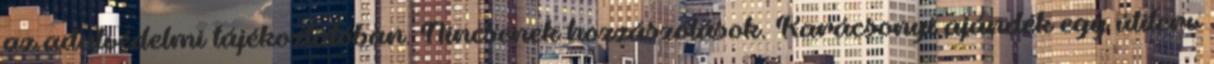
az adatvédelmi tájékoztatóban. Nincsenek hozzászólások. Karácsonyi ajándék egy útiterv